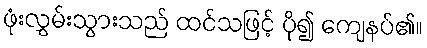
ဖုံးလွှမ်းသွားသည် ထင်သဖြင့် ပို၍ ကျေနပ်၏။